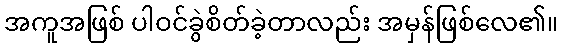
အကူအဖြစ် ပါဝင်ခွဲစိတ်ခဲ့တာလည်း အမှန်ဖြစ်လေ၏။